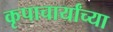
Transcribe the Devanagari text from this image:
कृपाचार्यांच्या